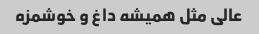
عالی مثل همیشه داغ و خوشمزه